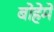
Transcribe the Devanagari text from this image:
बोहेमे